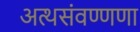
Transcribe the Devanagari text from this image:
अत्थसंवण्णणा